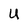
Character: U